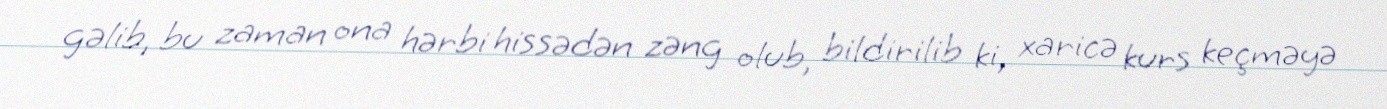
gəlib, bu zaman ona hərbi hissədən zəng olub, bildirilib ki, xaricə kurs keçməyə